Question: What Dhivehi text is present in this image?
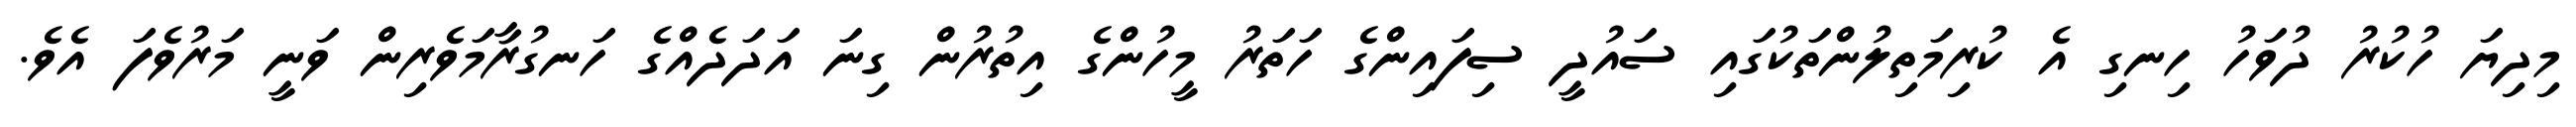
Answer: މިދިޔަ ހުކުރު ދުވަހު ހިނގި އެ ކުރިމަތިލުންތަކުގައި ސައުދީ ސިފައިންގެ ހަތަރު މީހުންގެ އިތުރުން ގިނަ އަދަދެއްގެ ހަނގުރާމަވެރިން ވަނީ މަރުވެފަ އެވެ.